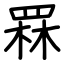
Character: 罧